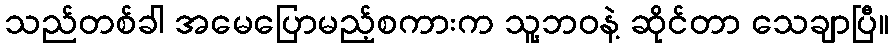
သည်တစ်ခါ အမေပြောမည့်စကားက သူ့ဘဝနဲ့ ဆိုင်တာ သေချာပြီ။